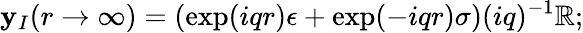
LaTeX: \mathbf{y}_{I}(r\to\infty)=\left(\exp(iqr)\epsilon+\exp(-iqr)\sigma\right)(iq)^{-1}\mathbb{R};